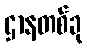
ဌာနတစ်ခု